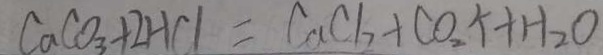
C a C O _ { 3 } + 2 H C l = C a C l _ { 2 } + C O _ { 2 } \uparrow + H _ { 2 } O